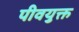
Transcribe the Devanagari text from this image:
पीवयुक्त